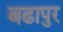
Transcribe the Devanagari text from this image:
बढापुर